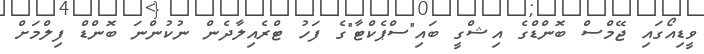
ވީޑިއޯގައި ޖޭމްސް ބޮންޑްގެ އިޝްގީ ބައި"ސްޕެކްޓާ"ގެ ފަހު ޓްރެއިލާދެން ނުކުންނަ ބޮންޑް ފިލްމަށް